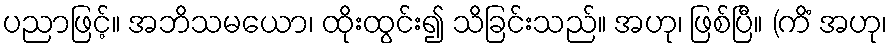
ပညာဖြင့်။ အဘိသမယော၊ ထိုးထွင်း၍ သိခြင်းသည်။ အဟု၊ ဖြစ်ပြီ။ (ကိံ အဟု၊